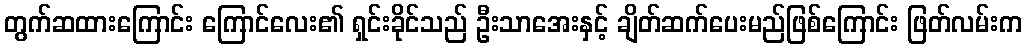
တွက်ဆထားကြောင်း ကြောင်လေး၏ ရှင်းခိုင်သည် ဦးသာအေးနှင့် ချိတ်ဆက်ပေးမည်ဖြစ်ကြောင်း ဖြတ်လမ်းက